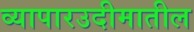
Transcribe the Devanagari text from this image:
व्यापारउदीमातील